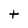
Character: t